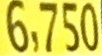
6.750